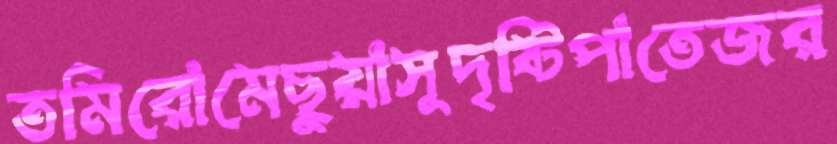
তমিরোমেছুয়াসুদৃষ্টিপাতেজর